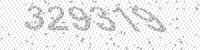
Solution: 329319